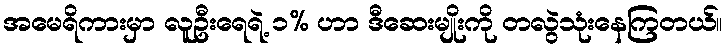
အမေရိကားမှာ လူဦးရေရဲ့ ၁% ဟာ ဒီဆေးမျိုးကို တလွဲသုံးနေကြတယ်။